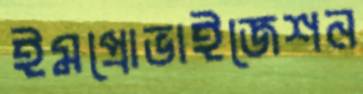
ইমপ্রোভাইজেশন